Lunatic asylums Madras 1877-1891 - 1877-1891
Year: 1877
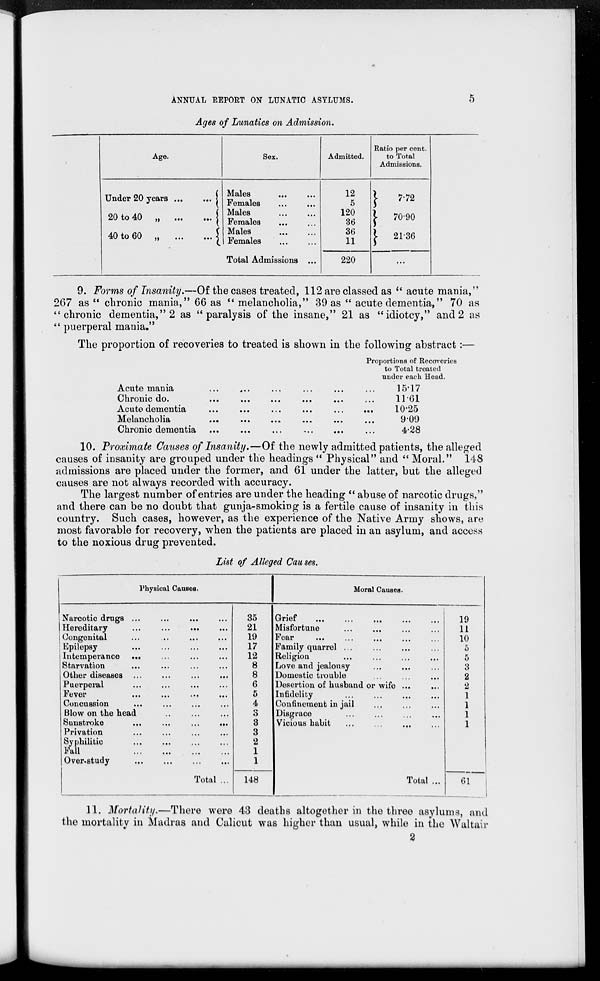
5
ANNUAL REPORT ON LUNATIC ASYLUMS.
Ages of Lunatics on Admission.
Age.
Under 20 years ... ...
20 to 40 „
...
...
40 to 60 „ ... ...
Sex.
Males ... ...
Females ... ...
Males ... ...
Females ... ...
Males ... ...
Females ... ...
Total Admissions ...
Admitted.
12
5
120
36
36
11
220
Ratio per cent.
to Total
Admissions.
7.72
70.90
21.36
...
9. Forms of Insanity.—Of the cases treated, 112 are classed as "acute mania,"
267 as "chronic mania," 66 as "melancholia," 39 as "acute dementia," 70 as
"chronic dementia," 2 as "paralysis of the insane," 21 as "idiotcy," and 2 as
"puerperal mania."
The proportion of recoveries to treated is shown in the following abstract:—
Acute mania ... ... ... ... ... ...
Chronic do. ... ... ... ... ... ...
Acute dementia ... ... ... ... ... ...
Melancholia ... ... ... ... ... ...
Chronic dementia
...
...
...
...
...
...
Proportions of Recoveries
to Total treated
under each Head.
15.17
11.61
10.25
9.09
4.28
10. Proximate Causes of Insanity.—Of the newly admitted patients, the alleged
causes of insanity are grouped under the headings "Physical" and "Moral." 148
admissions are placed under the former, and 61 under the latter, but the alleged
causes are not always recorded with accuracy.
The largest number of entries are under the heading "abuse of narcotic drugs,"
and there can be no doubt that gunja-smoking is a fertile cause of insanity in this
country. Such cases, however, as the experience of the Native Army shows, are
most favorable for recovery, when the patients are placed in an asylum, and access
to the noxious drug prevented.
List of Alleged Causes.
Physical Causes.
Narcotic drugs ... ... ... ...
Hereditary ... ... ... ...
Congenital ... ... ... ...
Epilepsy ... ... ... ...
Intemperance ... ... ... ...
Starvation ... ... ... ...
Other diseases ... ... ... ...
Puerperal ... ... ... ...
Fever ... ... ... ...
Concussion ... ... ... ...
Blow on the head ... ... ...
Sunstroke ... ... ... ...
Privation ... ... ... ...
Syphilitic ... ... ... ...
Fall ... ... ... ...
Over-study ... ... ... ...
Total ...
35
21
19
17
12
8
8
6
5
4
3
3
3
2
1
1
148
Moral Causes.
Grief
...
...
...
...
...
Misfortune ... ... ... ...
Fear ... ... ... ... ...
Family quarrel ... ... ... ...
Religion ... ... ... ...
Love and jealousy ... ... ...
Domestic trouble ... ... ...
Desertion of husband or wife ...
Infidelity ... ... ... ...
Confinement in jail ... ... ...
Disgrace ... ... ... ...
Vicious habit ... ... ... ...
Total ...
19
11
10
5
5
3
2
2
1
1
1
1
61
11. Mortality.—There were 43 deaths altogether in the three asylums, and
the mortality in Madras and Calicut was higher than usual, while in the Waltair
2